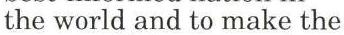
the world and to make the